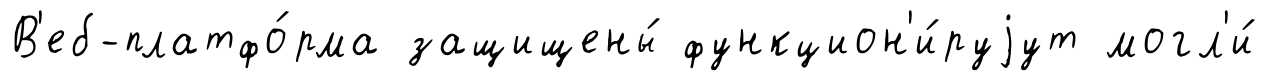
В'еб-платфо́рма защищены́ функцион'и́руjут могл'и́